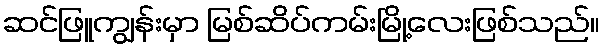
ဆင်ဖြူကျွန်းမှာ မြစ်ဆိပ်ကမ်းမြို့လေးဖြစ်သည်။